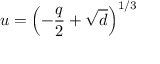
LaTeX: u = \left( - \frac { q } { 2 } + \sqrt { d } \right) ^ { 1 / 3 }